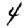
Digit: 4